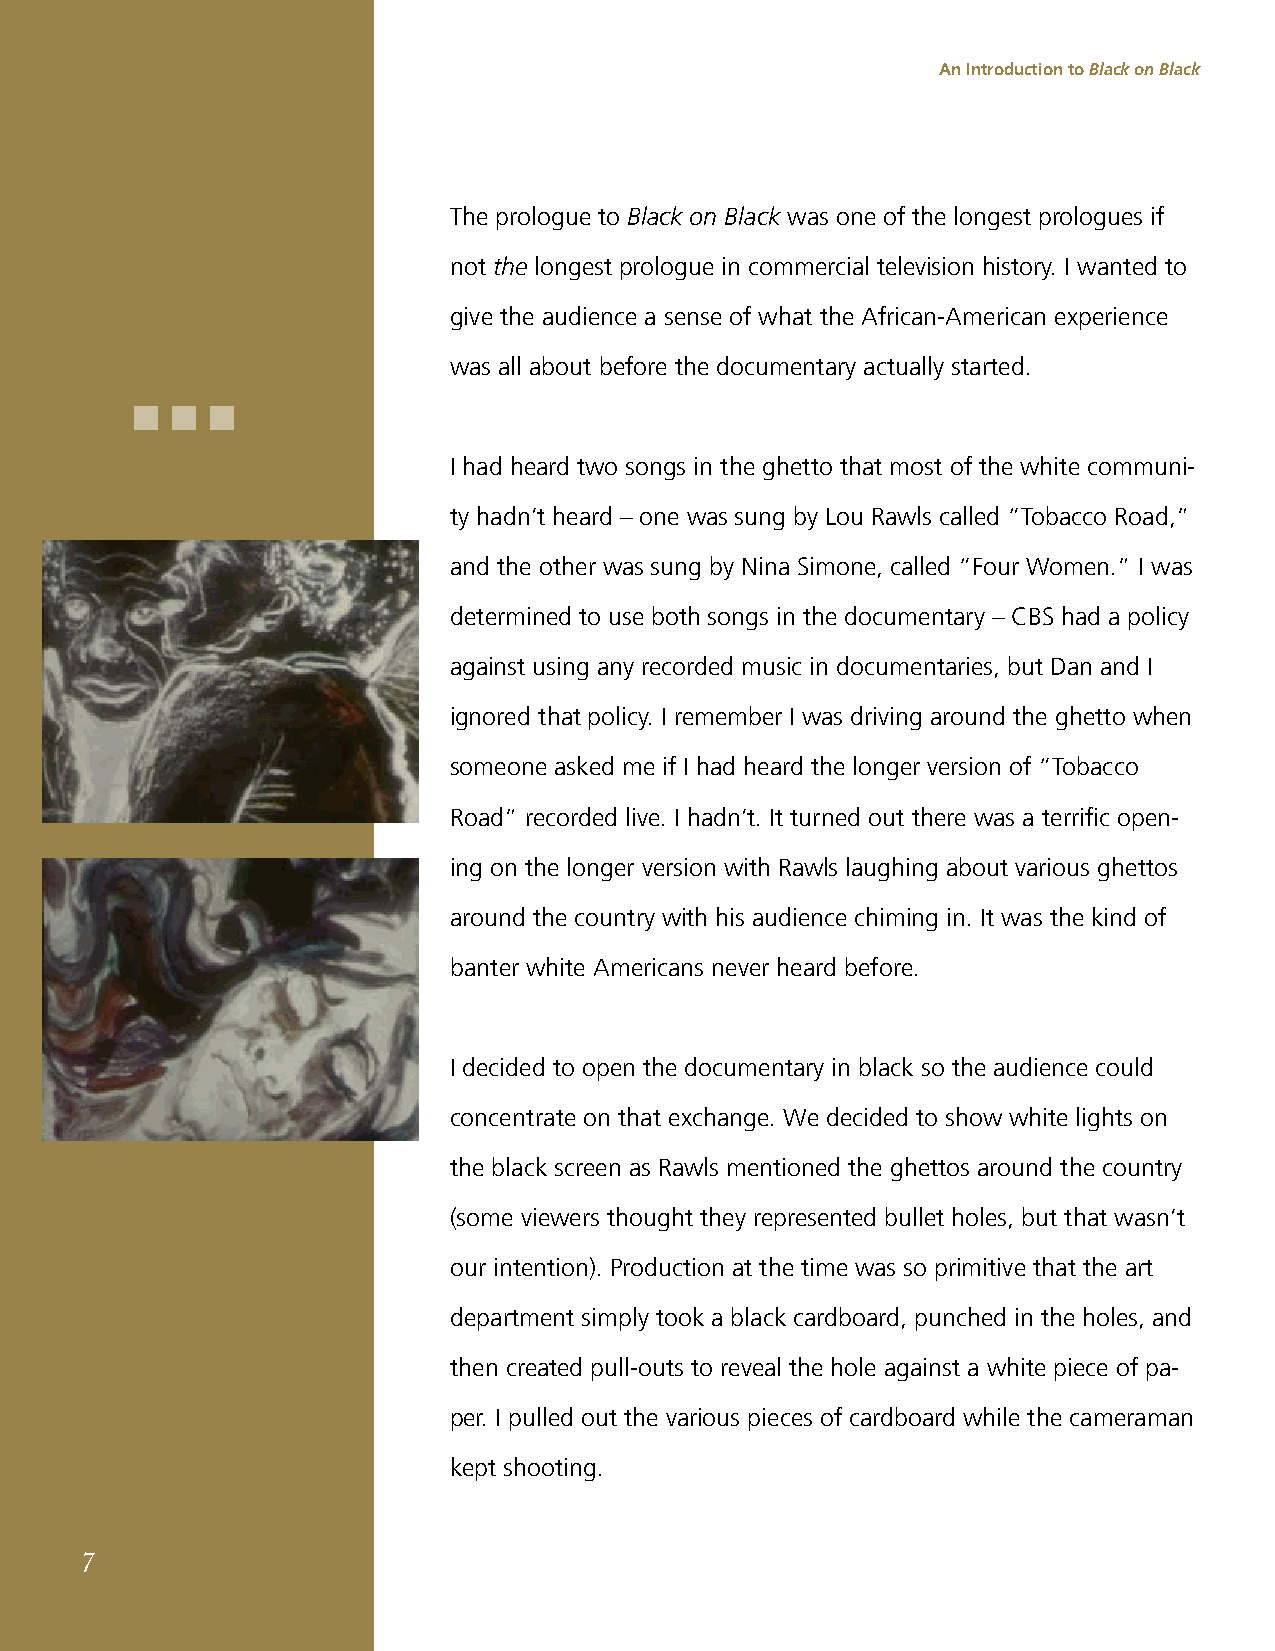
An Introduction to Black on Black
 The prologue to Black on Black was one of the longest prologues if
 not the longest prologue in commercial television history. I wanted to
 give the audience a sense of what the African-American experience
 was all about before the documentary actually started.
 I had heard two songs in the ghetto that most of the white communi-
 ty hadn’t heard – one was sung by Lou Rawls called “Tobacco Road,”
 and the other was sung by Nina Simone, called “Four Women.” I was
 determined to use both songs in the documentary – CBS had a policy
 against using any recorded music in documentaries, but Dan and I
 ignored that policy. I remember I was driving around the ghetto when
 someone asked me if I had heard the longer version of “Tobacco
 Road” recorded live. I hadn’t. It turned out there was a terrific open-
 ing on the longer version with Rawls laughing about various ghettos
 around the country with his audience chiming in. It was the kind of
 banter white Americans never heard before.
 I decided to open the documentary in black so the audience could
 concentrate on that exchange. We decided to show white lights on
 the black screen as Rawls mentioned the ghettos around the country
 (some viewers thought they represented bullet holes, but that wasn’t
 our intention). Production at the time was so primitive that the art
 department simply took a black cardboard, punched in the holes, and
 then created pull-outs to reveal the hole against a white piece of pa-
 per. I pulled out the various pieces of cardboard while the cameraman
 kept shooting.
 7